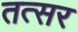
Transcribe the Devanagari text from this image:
तत्सर